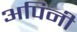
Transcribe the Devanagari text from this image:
अपिनी